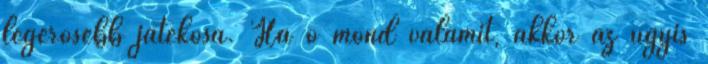
legerősebb játékosa. Ha ő mond valamit, akkor az úgyis